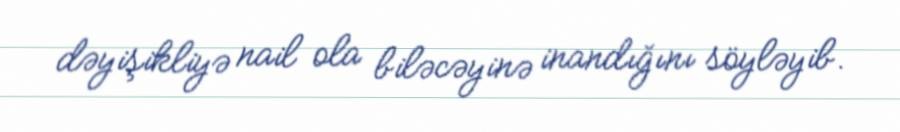
dəyişikliyə nail ola biləcəyinə inandığını söyləyib.